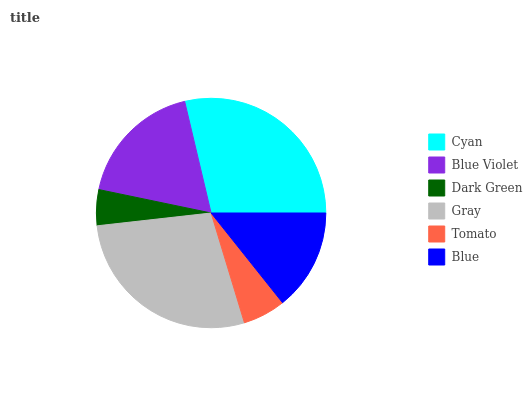
| Cyan | Blue Violet | Dark Green | Gray | Tomato | Blue |
 | --- | --- | --- | --- | --- | --- |
 | 28.7% | 18% | 5.05% | 27.9% | 6.03% | 14.3% |